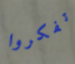
تفكروا